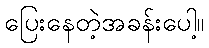
ပြေးနေတဲ့အခန်းပေါ့။